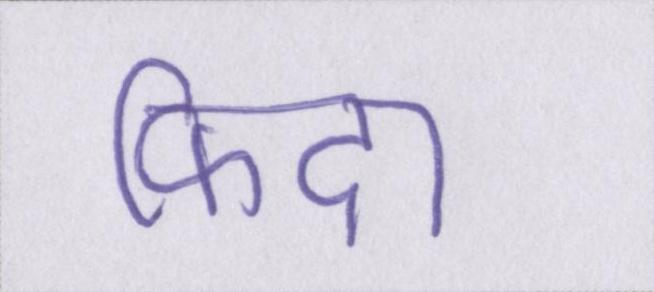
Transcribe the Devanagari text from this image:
फिदा